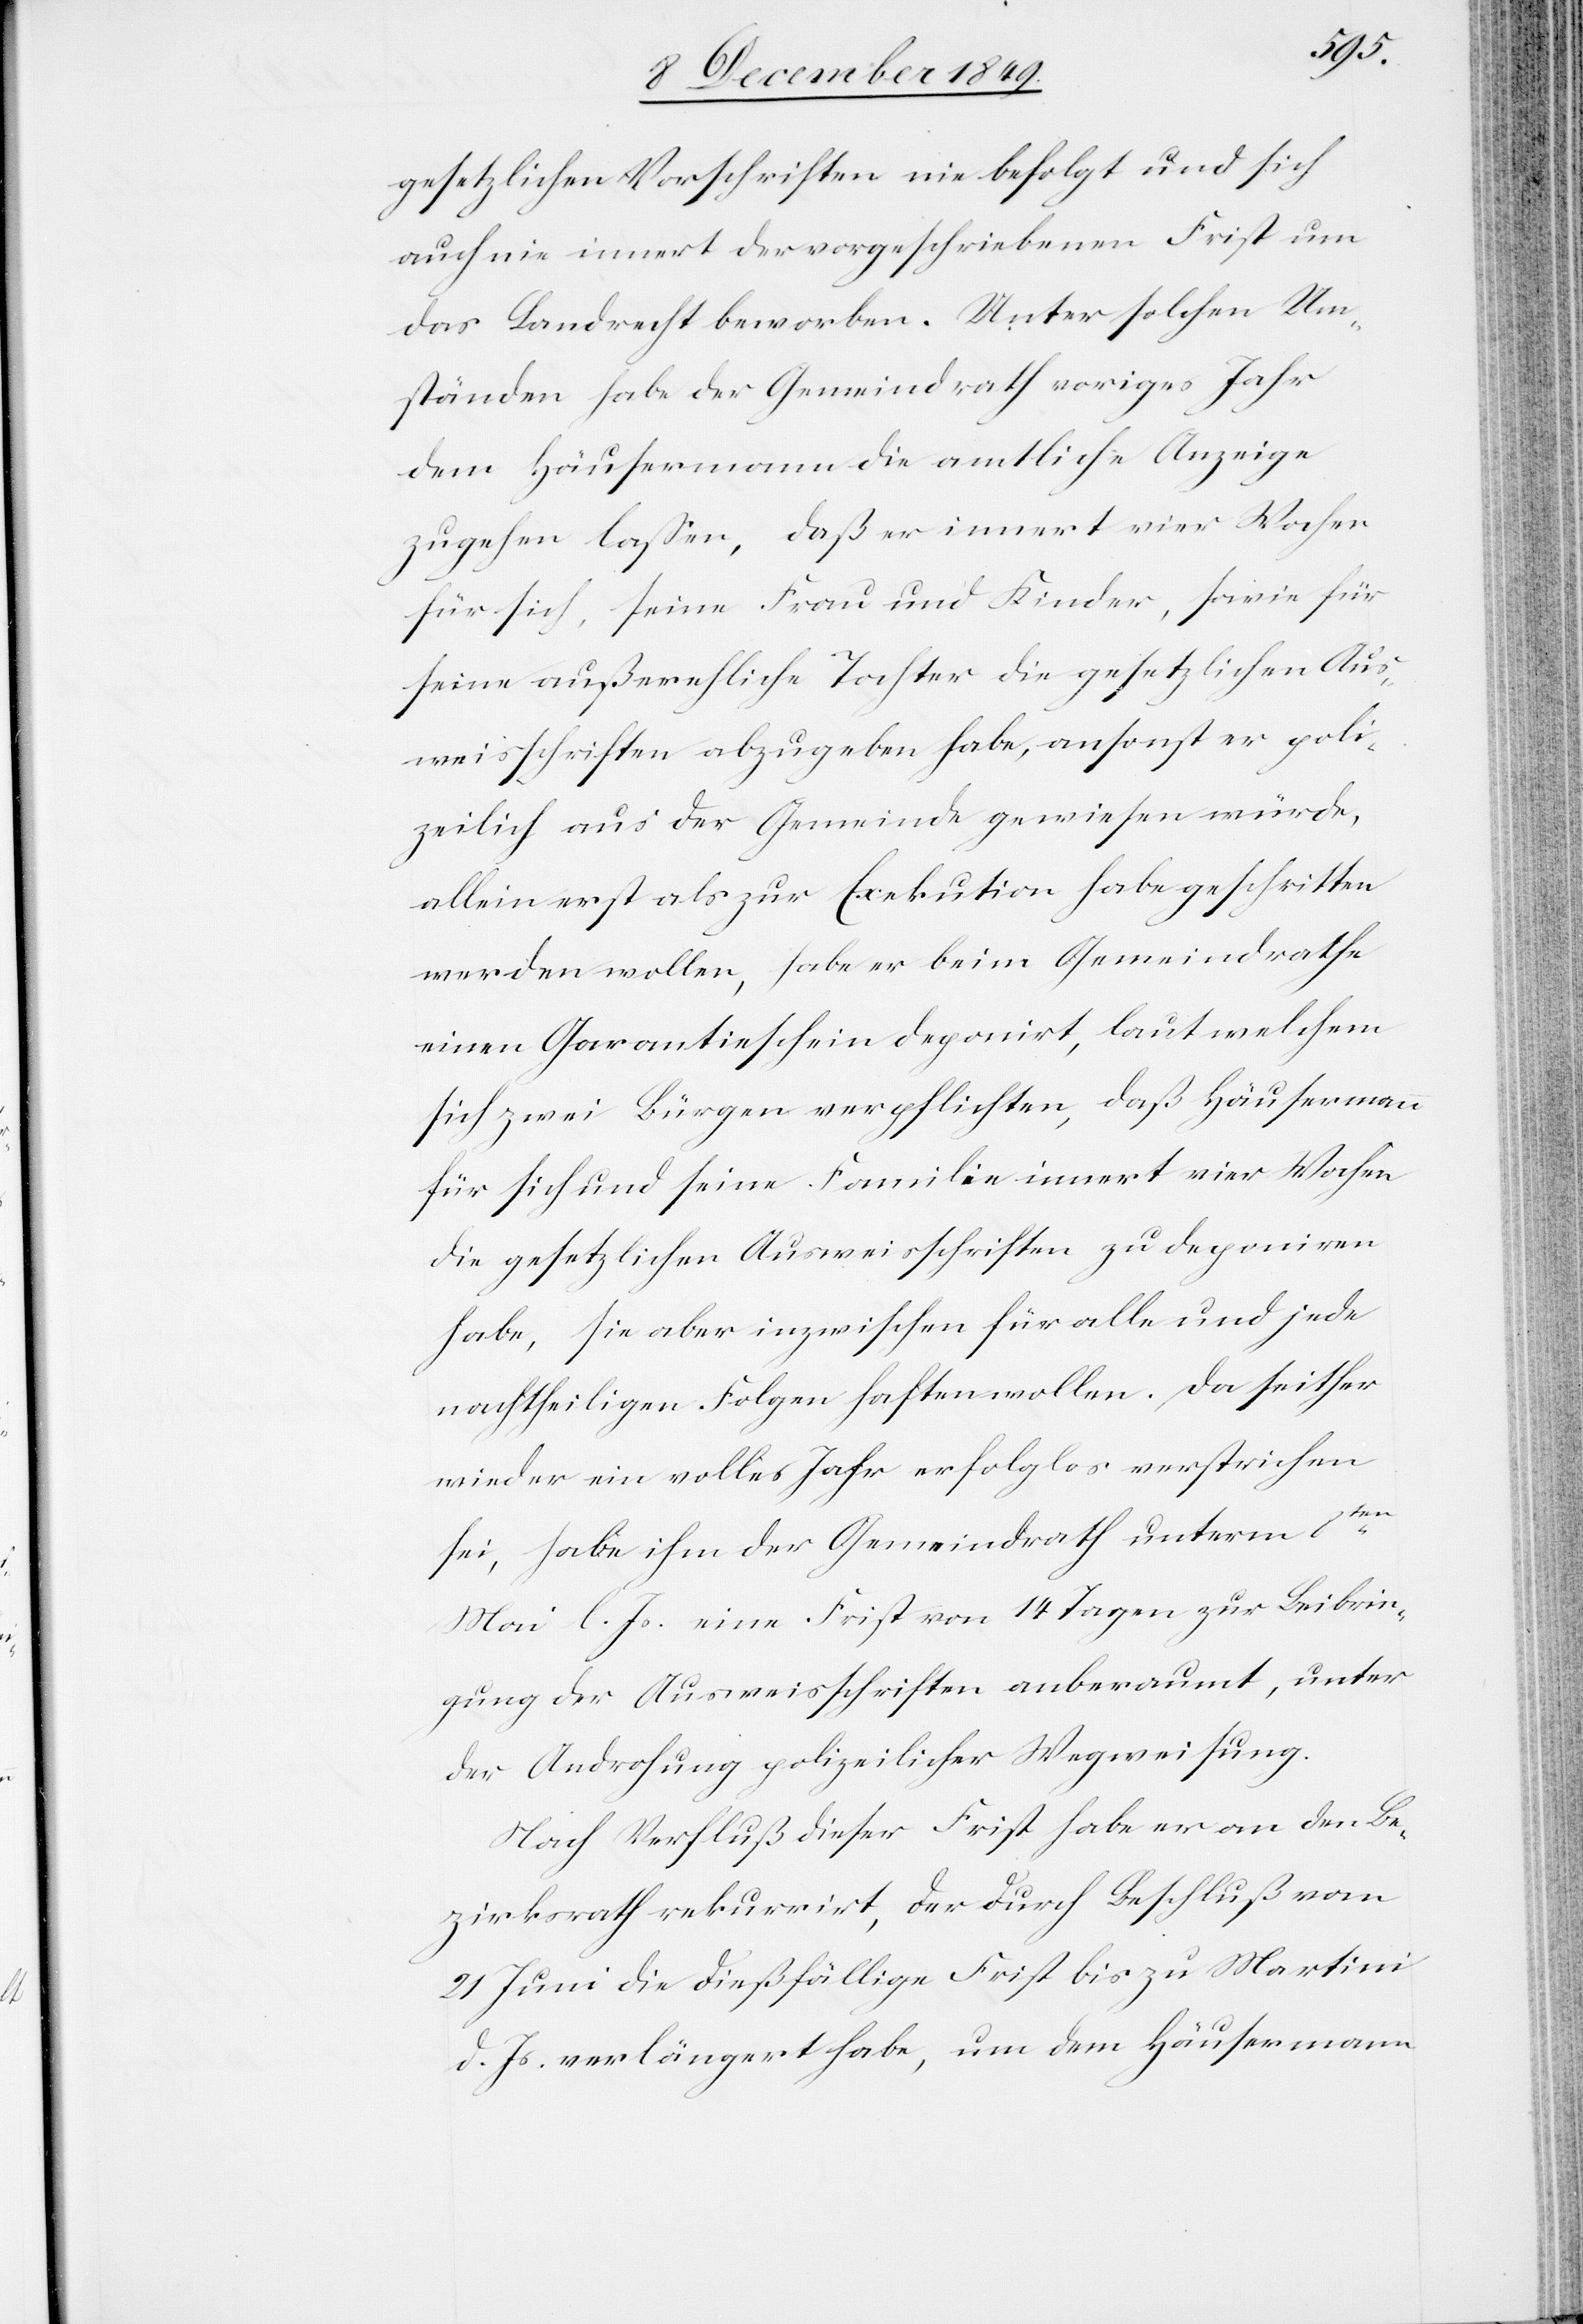
gesetzlichen Vorschriften nie befolgt und sich
auch nie innert der vorgeschriebenen Frist um
das Landrecht beworben. Unter solchen Um¬
ständen habe der Gemeindrath voriges Jahr
dem Häusermann die amtliche Anzeige
zugehen laßen, daß er innert vier Wochen
für sich, seine Frau und Kinder, sowie für
seine außerehliche Tochter die gesetzlichen Aus¬
weisschriften abzugeben habe, ansonst er poli¬
zeilich aus der Gemeinde gewiesen würde,
allein erst als zur Exekution habe geschritten
werden wollen, habe er beim Gemeindrathe
einen Garantieschein deponirt, laut welchem
sich zwei Bürgen verpflichten, daß Häusermann
für sich und seine Familie innert vier Wochen
die gesetzlichen Ausweisschriften zu deponiren
habe, sie aber inzwischen für alle und jede
nachtheiligen Folgen haften wollen. Da seither
wieder ein volles Jahr erfolglos verstrichen
sei, habe ihm der Gemeindrath unterm 8ten
Mai l. Js. eine Frist von 14 Tagen zur Beibrin¬
gung der Ausweisschriften anberaumt, unter
der Androhung poilzeilicher Wegweisung.
Nach Verfluß dieser Frist habe er an den Be¬
zirksrath rekurrirt, der durch Beschluß vom
27 Juni die dießfällige Frist bis zu Martini
d. Js. verlängert habe, um dem Häusermann